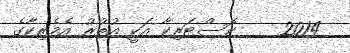
2014    ކޮސްޓަރިކާ އަކީ އުތުރު އެމެރިކާގެ